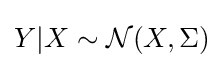
Y|X\sim {\mathcal {N}}(X,\Sigma )